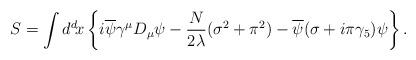
LaTeX: \begin{align*}S=\int d^d\! x \left\{ i\overline{\psi}\gamma^\mu D_\mu \psi -{N \over 2\lambda}(\sigma^2+\pi^2)-\overline{\psi}(\sigma+i\pi\gamma_5)\psi \right\}.\end{align*}